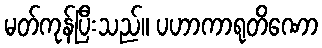
မတ်ကုန်ပြီးသည်။ ပဟာကာရုတိဏော